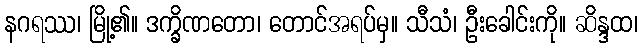
နဂရဿ၊ မြို့၏။ ဒက္ခိဏတော၊ တောင်အရပ်မှ။ သီသံ၊ ဦးခေါင်းကို။ ဆိန္ဒထ၊